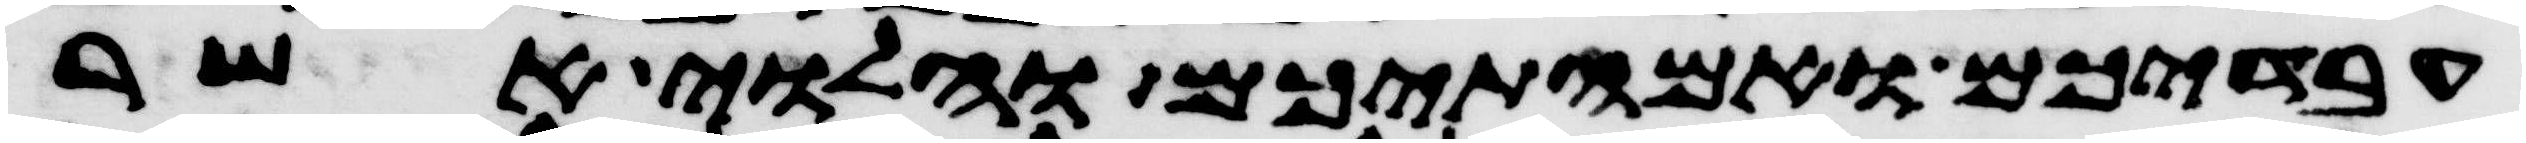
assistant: עבדיכם ואמתיכם והלוי אשר